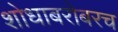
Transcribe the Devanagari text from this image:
शोधाबरोबरच